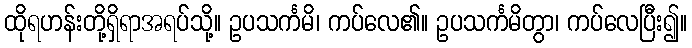
ထိုရဟန်းတို့ရှိရာအရပ်သို့။ ဥပသင်္ကမိ၊ ကပ်လေ၏။ ဥပသင်္ကမိတွာ၊ ကပ်လေပြီး၍။